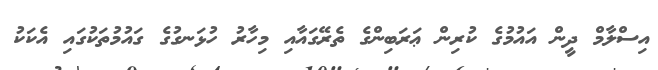
އިސްލާމް ދީން އައުމުގެ ކުރިން ޢަރަބިންގެ ތެރޭގައާއި މިހާރު ހުޅަނގުގެ ގައުމުތަކުގައި އެކަކު